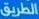
الطريق